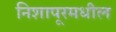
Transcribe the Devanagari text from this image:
निशापूरमधील